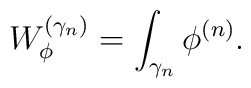
W^{(\gamma_n)}_\phi = \int_{\gamma_n} \phi^{(n)}.